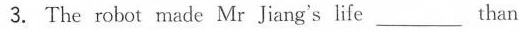
3. The robot made Mr Jiang's life___ than